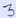
Text: 3